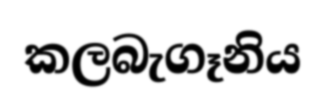
කලබැගෑනිය